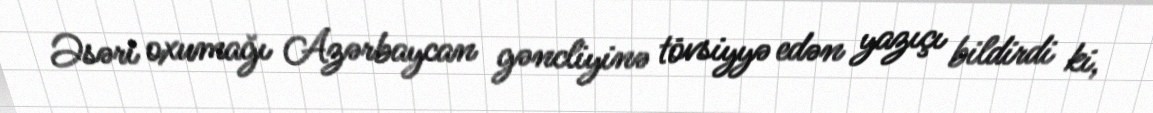
Əsəri oxumağı Azərbaycan gəncliyinə tövsiyyə edən yazıçı bildirdi ki,